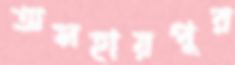
অসহায়পুর